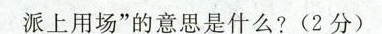
派上用场”的意是什么?(2分)